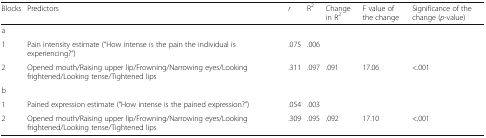
| Blocks | Predictors | r | R2 | Change in R2 | F value of the change | Significance of the change (p-value) |
 | --- | --- | --- | --- | --- | --- | --- |
 | <COLSPAN=7> a |
 | 1 | Pain intensity estimate (“How intense is the pain the individual is experiencing?”) | .075 | .006 |  |  |  |
 | 2 | Opened mouth/Raising upper lip/Frowning/Narrowing eyes/Looking frightened/Looking tense/Tightened lips | .311 | .097 | .091 | 17.06 | <.001 |
 | <COLSPAN=7> b |
 | 1 | Pained expression estimate (“How intense is the pained expression?”) | .054 | .003 |  |  |  |
 | 2 | Opened mouth/Raising upper lip/Frowning/Narrowing eyes/Looking frightened/Looking tense/Tightened lips | .309 | .095 | .092 | 17.10 | <.001 |